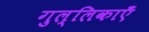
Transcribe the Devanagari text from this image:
गुल्लिकाएँ